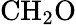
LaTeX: \mathrm{CH}_{2}\mathrm{O}